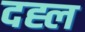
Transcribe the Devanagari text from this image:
दह्ल